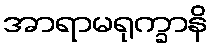
အာရာမရုက္ခာနိ